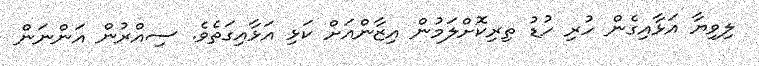
ލިވިޔާ އަޅާއިގެން ހުރި ހުޑު ތިރިކޮށްލަމުން އިޒާންއަށް ކަޅި އަޅާއިގަތެވެ. ސިއްރުން އަންނަން